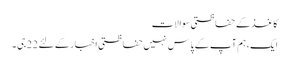
کاغذ کے حفاظتی سوالات
ایک، ہم آپ کے پاس نہیں حفاظتی اخبار کے لئے 22 جی ۔